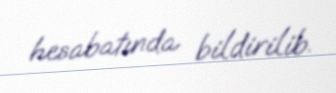
hesabatında bildirilib.